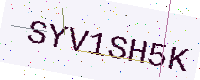
Text: SYV1SH5K